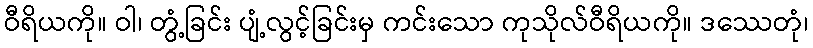
ဝီရိယကို။ ဝါ၊ တွံ့ခြင်း ပျံ့လွင့်ခြင်းမှ ကင်းသော ကုသိုလ်ဝီရိယကို။ ဒဿေတုံ၊